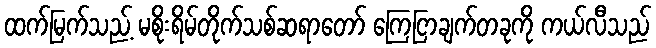
ထက်မြက်သည့် မစိုးရိမ်တိုက်သစ်ဆရာတော် ကြေငြာချက်တခုကို ကယ်လီသည်